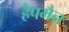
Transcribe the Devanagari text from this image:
हैपमैन